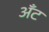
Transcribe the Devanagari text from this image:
अँट